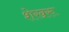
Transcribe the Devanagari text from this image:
शेखरू